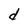
Character: d